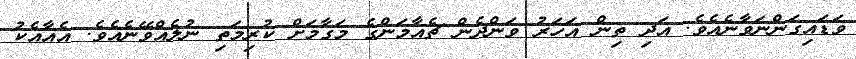
ވަޑައިގަންނަވާނެއެވެ. އަދި ތިން އަހަރު ވަންދެން ޗެއާމަންގެ މަގާމަށް ކުރިމަތި ނުލެއްވޭނެއެވެ. އެއާއެކު